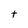
Character: t